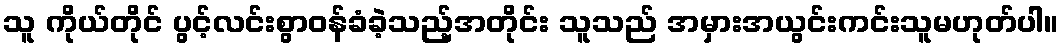
သူ ကိုယ်တိုင် ပွင့်လင်းစွာဝန်ခံခဲ့သည့်အတိုင်း သူသည် အမှားအယွင်းကင်းသူမဟုတ်ပါ။